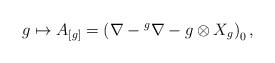
LaTeX: \begin{align*}g \mapsto A_{[g]}=\left(\nabla-{}^g\nabla-g\otimes X_g\right)_0,\end{align*}